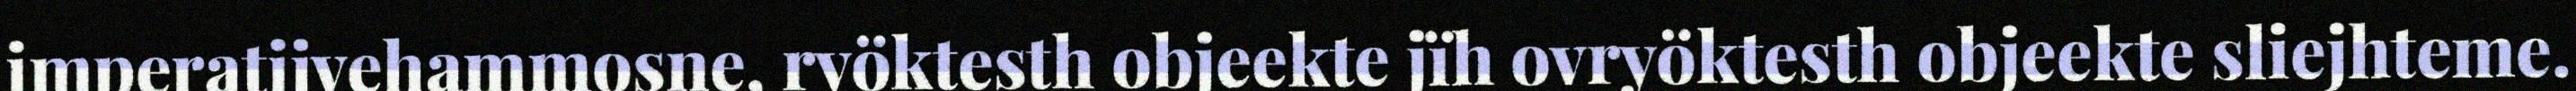
imperatijvehammosne, ryöktesth objeekte jïh ovryöktesth objeekte sliejhteme.